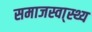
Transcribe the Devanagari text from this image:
समाजस्वा्स्थ्य